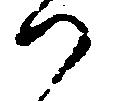
へ